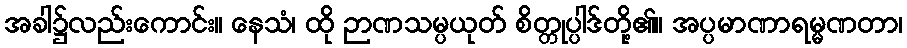
အခါ၌လည်းကောင်း။ နေသံ၊ ထို ဉာဏသမ္ပယုတ် စိတ္တုပ္ပါဒ်တို့၏။ အပ္ပမာဏာရမ္မဏတာ၊